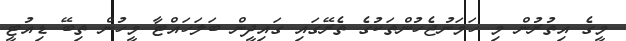
މީގެ އިތުރުން މި ހަމަނުޖެހުންތަކުގެ ތެރޭގައި ގައިދީން ބަލަހައްޓާ މީހުން ތިބޭ ޑިއުޓީ